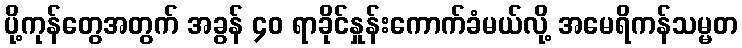
ပို့ကုန်တွေအတွက် အခွန် ၄၀ ရာခိုင်နှုန်းကောက်ခံမယ်လို့ အမေရိကန်သမ္မတ